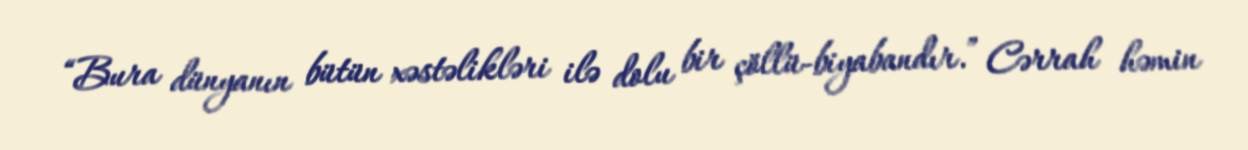
“Bura dünyanın bütün xəstəlikləri ilə dolu bir çöllü-biyabandır.” Cərrah həmin